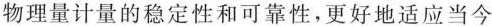
物理量计量的稳定性和可靠性，更好地适应当今